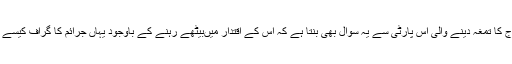
بہار کو جنگل راج کا تمغہ دینے والی اس پارٹی سے یہ سوال بھی بنتا ہے کہ اس کے اقتدار میںبیٹھے رہنے کے باوجود یہاں جرائم کا گراف کیسے بڑھتا جارہا ہے؟